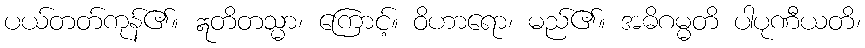
ပယ်တတ်ကုန်၏။ ဣတိတသ္မာ၊ ကြောင့်။ ဝိဟာရော၊ မည်၏။ အဓိဂမ္မတိ ပါပုဏီယတိ၊